Illuka_vallavalitsus, lk 29
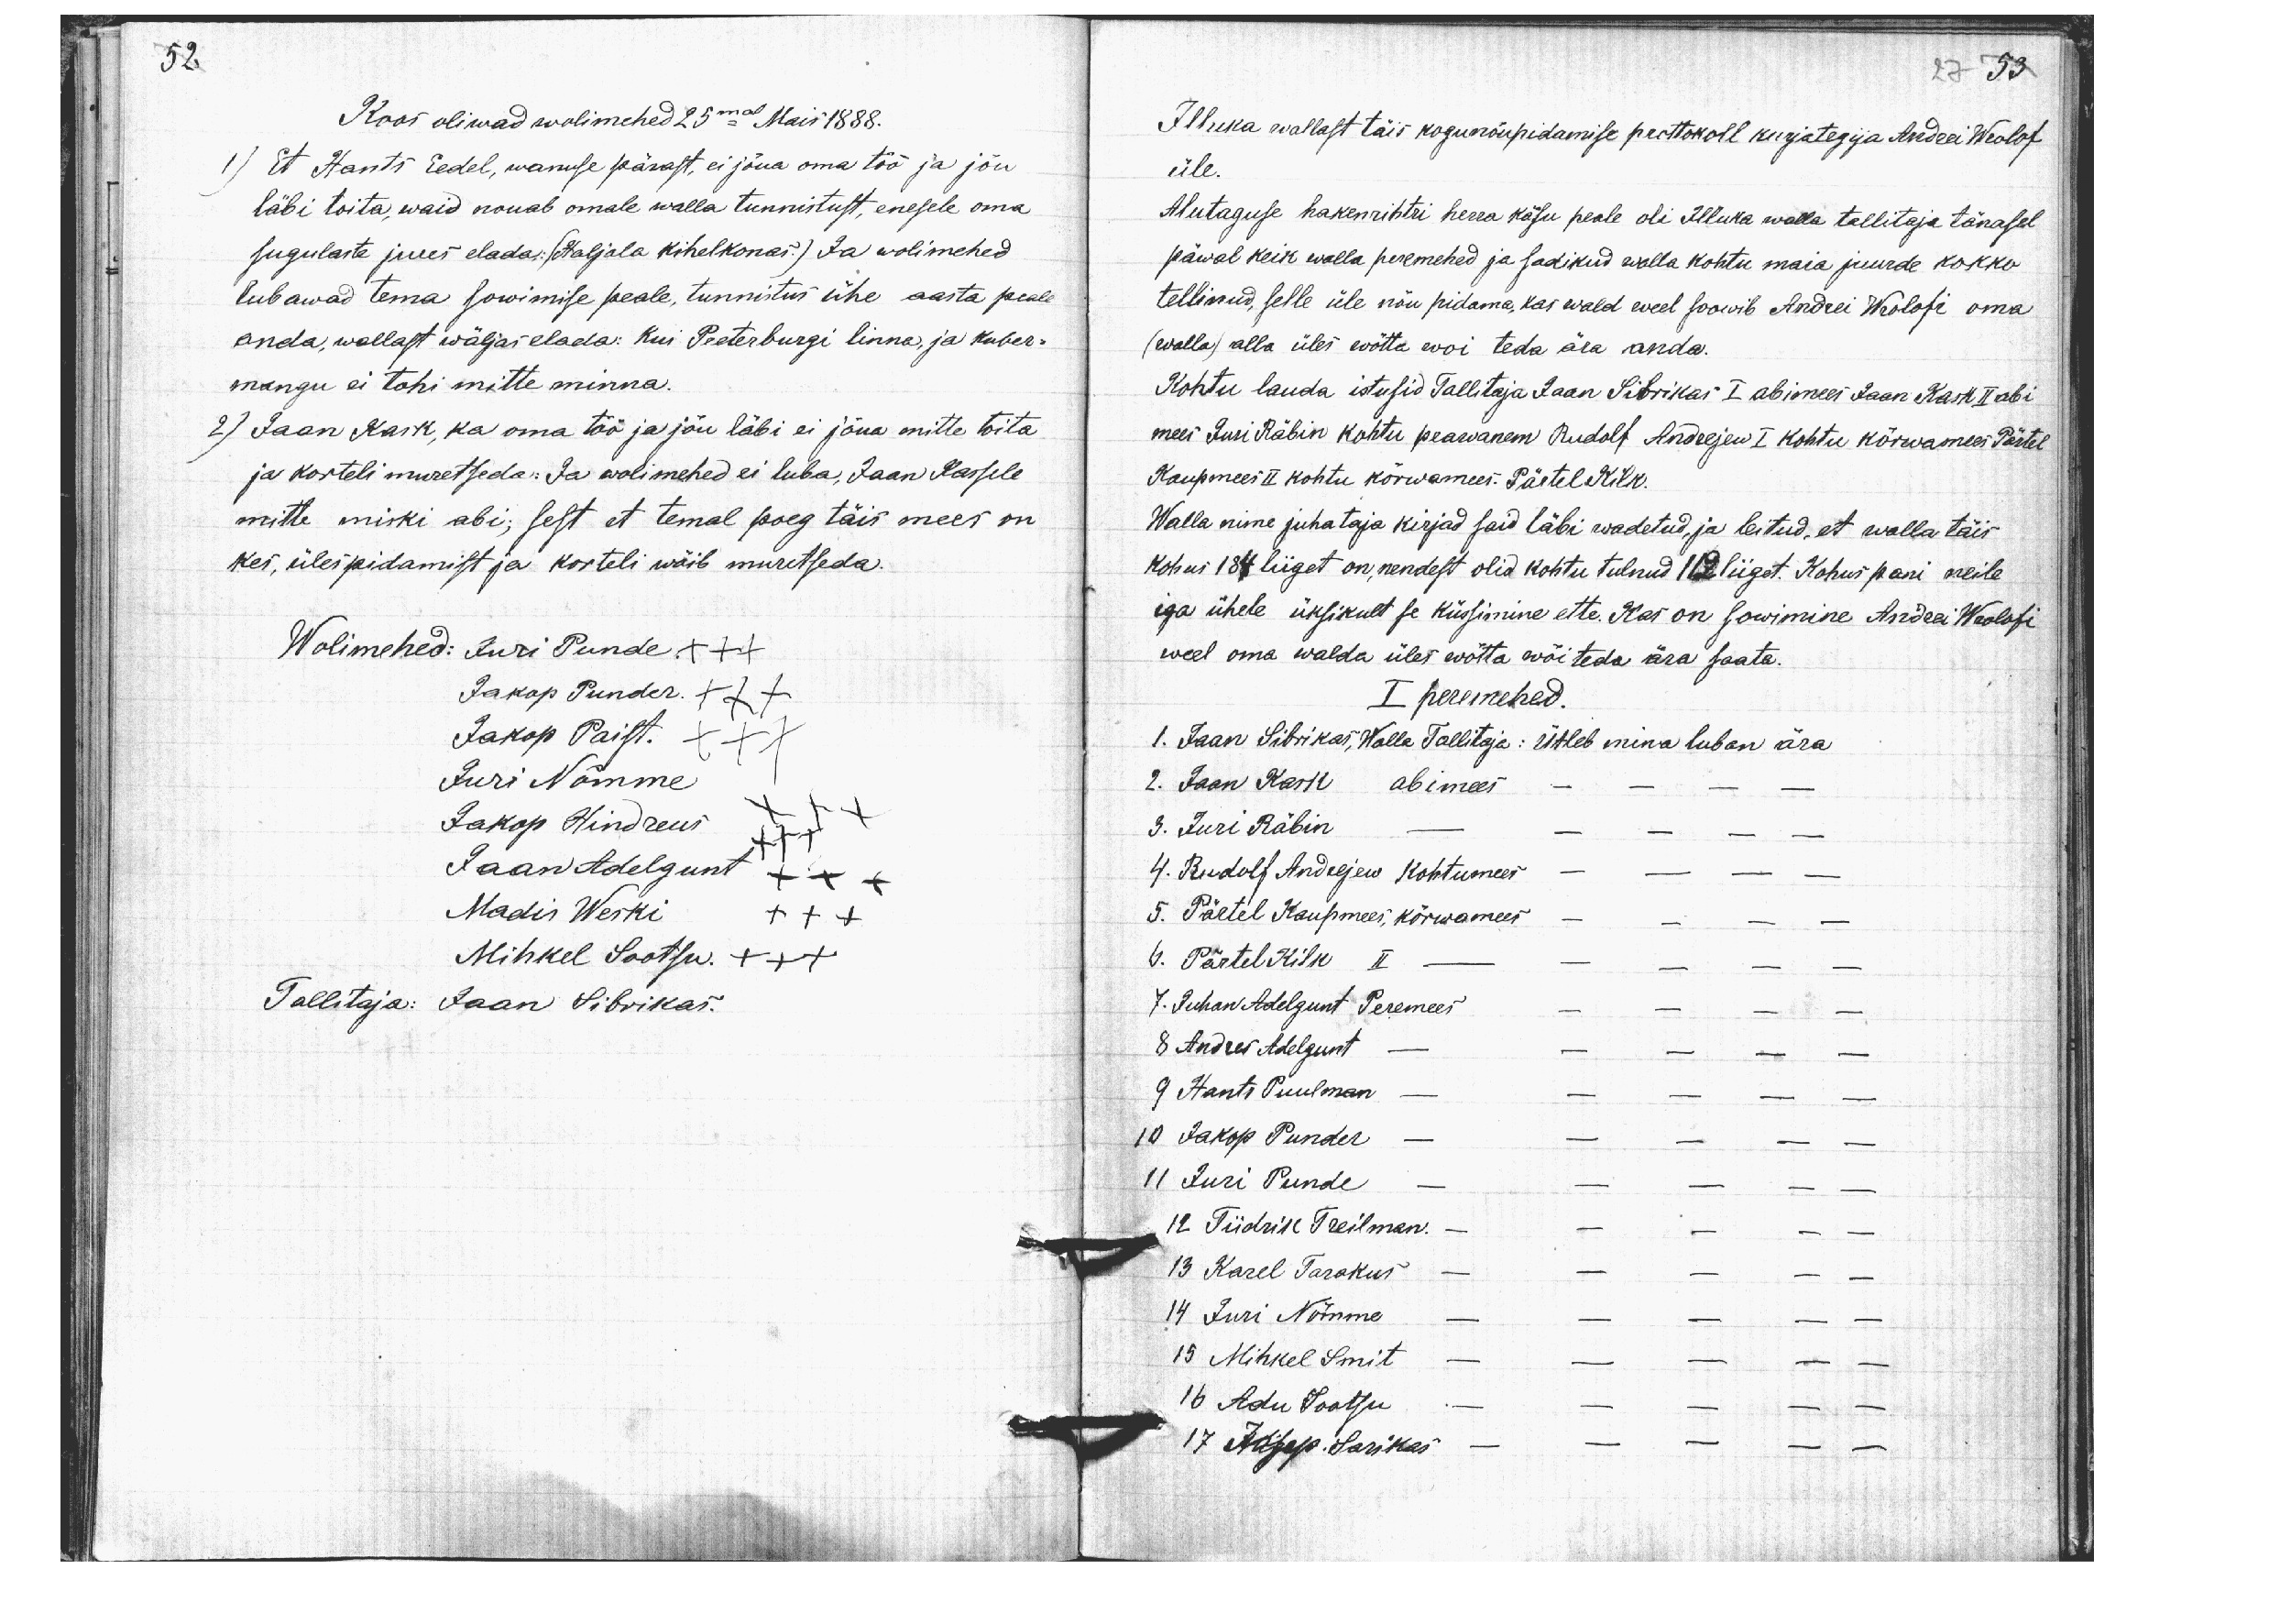
52
Koos oliwad wolimehed 25mal Mais 1888.
1) Et Hants Eedel, wanuse pärast, ei jõua oma töö ja jõu
läbi toita, waid nouab omale walla tunnistust, enesele oma
sugulaste jures elada: (Haljala kihelkonas.) Ja wolimehed
lubawad tema sowimise peale, tunnistus ühe aasta peale
anda, wallast wäljas elada: Kui Peeterburgi linna, ja kuber-
mangu ei tohi mitte minna.
2) Jaan Kask, ka oma töö ja jõu läbi ei jõua mitte toita
ja korteli muretseda: Ja wolimehed ei luba, Jaan Kassele
mitte miski abi; sest et temal poeg täis mees on
kes, ülespidamist ja korteli wõib muretseda.
Wolimehed: Juri Punde. +++
Jakop Punder. XXX
Jakop Paist. III
Juri Nõmme XXX
Jakop Hindreus XXX
Jaan Adelgunt XXX
Madis Weski XXX
Mihkel Sootsu. XXX
Tallitaja: Jaan Sibrikas.

27 53

Illuka wallast täis kogunõupidamise prottokoll kurjategija Andrei Wrolof
üle.
Alutaguse hakenrihtri herra käsu peale oli Illuka walla tallitaja tänasel
päwal keik walla peremehed ja sadikud walla kohtu maia juurde kokko
tellinud, selle üle nõu pidama, kas wald weel soowib Andrei Wrolofi oma
(walla) alla üles wõtta woi teda ära anda.
Kohtu lauda istusid Tallitaja Jaan Sibrikas I abimees Jaan Kask II abi
mees Juri Räbin kohtu peawanem Rudolf Andrejew I Kohtu kõrwamees Pärtel
Kaupmees II kohtu kõrwamees. Pärtel Kilk.
Walla nime juhataja kirjad said läbi wadetud, ja leitud, et walla täis
kohus 184 liiget on, nendest olid kohtu tulnud 112 liiget. Kohus pani neile
iga ühele üksikult se küssimine ette. Kas on sowimine Andrei Wrolofi
weel oma walda üles võtta wõi teda ära saata.
I peremehed.
1. Jaan Sibrikas, Walla Tallitaja: Ütleb mina luban ära
2. Jaan Kask abimees - - - -
3. Juri Räbin -  - - - -
4. Rudolf Andrejew Kohtumees - - - -
5. Pärtel Kaupmees, kõrwamees - - - -
6. Pärtel Kilk II -  - - - -
7. Juhan Adelgunt Peremees - - - -
8 Andres Adelgunt -  - - - -
9 Hants Puulman -  - - - -
10 Jakop Punder -  - - - -
11 Juri Punde -  - - - -
12 Tiidrik Treilman. -   - - - -
13 Karel Tarakus -  - - - -
14 Juri Nõmme -  - - - -
15 Mihkel Smit -  - - - -
16 Adu Sootsu -  - - - -
17 Josep. Sarikas -  - - - -